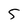
Character: 5